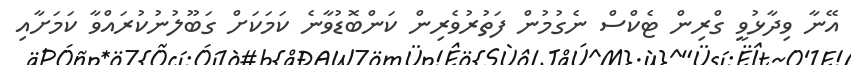
އޭނާ ވިދާޅުވީ ގްރިން ޓެކްސް ނެގުމުން ފަތުރުވެރިން ކަންބޮޑުވާނެ ކަމަކަށް ގަބޫލުނުކުރައްވާ ކަމަށާއި